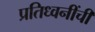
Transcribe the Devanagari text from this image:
प्रतिध्वनींची